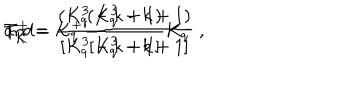
T _ { K } ^ { + } = K _ { q } ^ { + } \frac { ( K _ { q } ^ { 3 } - k + 1 ) } { [ K _ { q } ^ { 3 } - k + 1 ] } \hspace { 1 . 5 c m } \mathrm { a n d } \hspace { 1 . 5 c m } T _ { K } ^ { - } = \frac { ( K _ { q } ^ { 3 } - k + 1 ) } { [ K _ { q } ^ { 3 } - k + 1 ] } K _ { q } ^ { - } \ ,